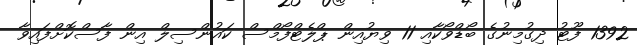
1392 ފޫޓު ދިގުމިނުގެ ބޯޑްވޯކާއި 11 ވިޔުއިން ޕްލެޓްފޯމްސް ކައުންސިލް އިން ފާސްކޮށްފައިވާ